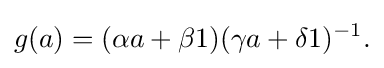
\displaystyle {g(a)=(\alpha a+\beta 1)(\gamma a+\delta 1)^{-1}.}